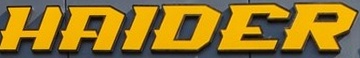
HAIDER